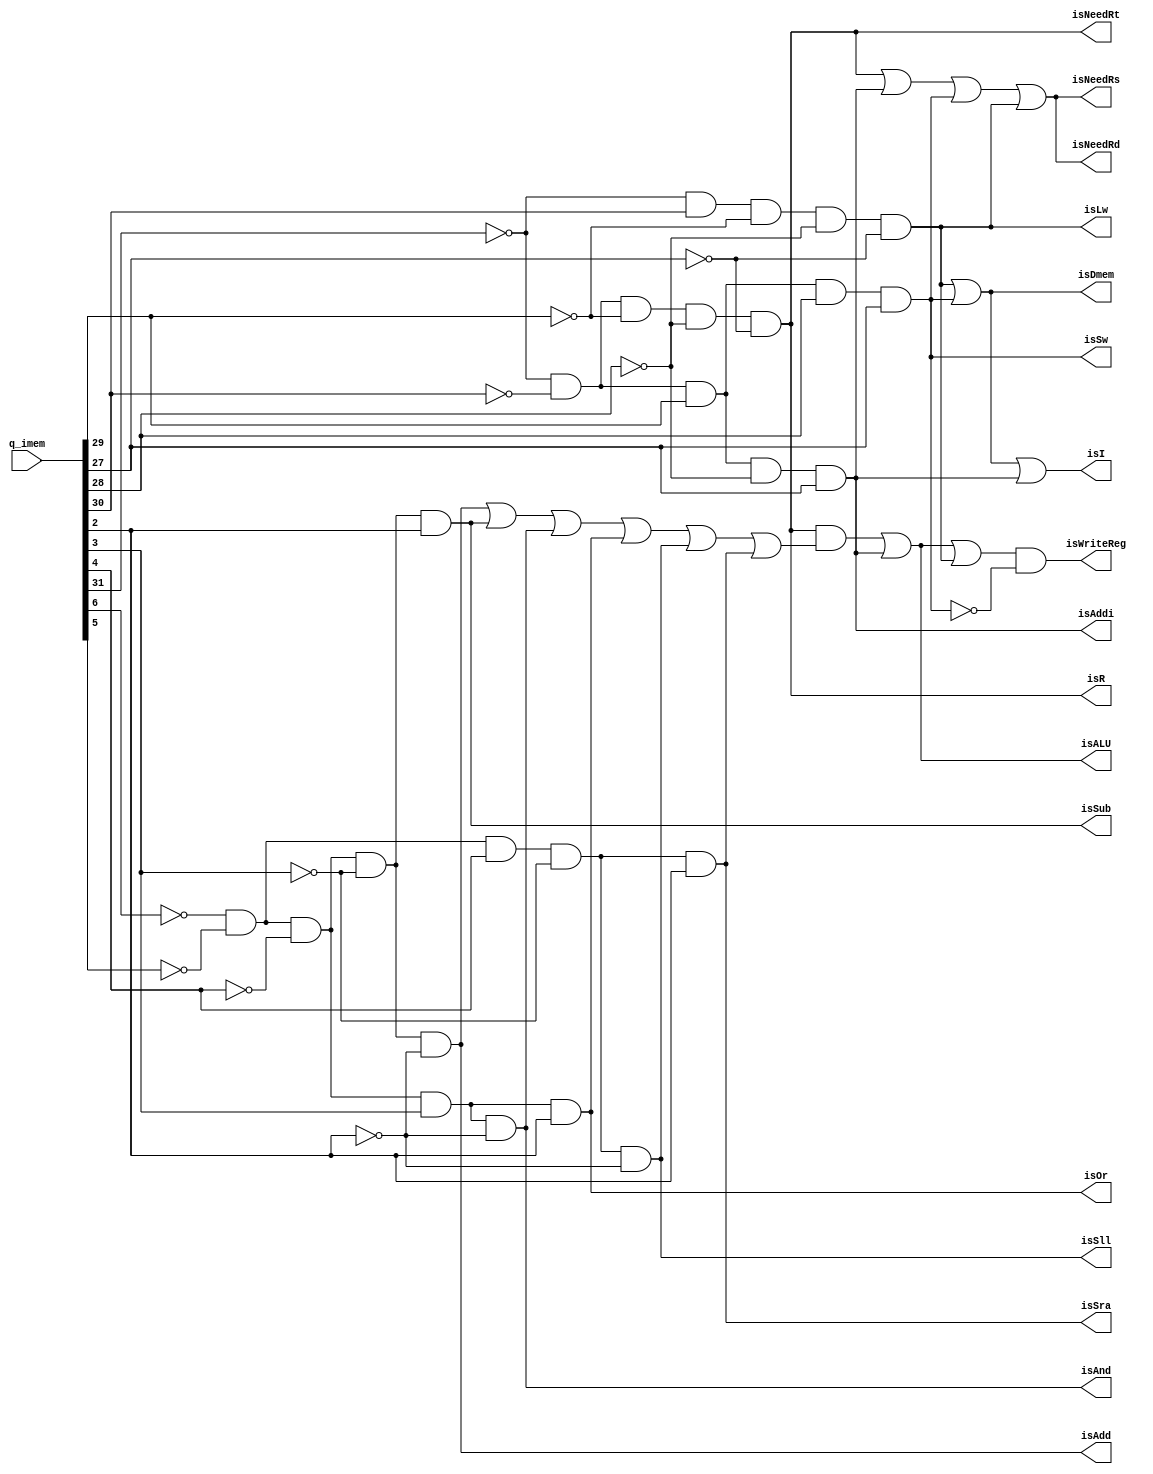
module operchecker(input [31:0] q_imem,
						output isR,
						output isI,
						output isALU,
						output isAdd,
						output isAddi,
						output isSub,
						output isAnd,
						output isOr,
						output isSll,
						output isSra,
						output isSw,
						output isLw,
						output isDmem,
						output isNeedRd,
						output isNeedRs,
						output isNeedRt,
						output isWriteReg);

	// check instruction type
	assign isR = (~q_imem[31])&(~q_imem[30])&(~q_imem[29])&(~q_imem[28])&(~q_imem[27]);
	assign isAddi = (~q_imem[31])&(~q_imem[30])&(q_imem[29])&(~q_imem[28])&(q_imem[27]);
	assign isSw = (~q_imem[31])&(~q_imem[30])&(q_imem[29])&(q_imem[28])&(q_imem[27]);
	assign isLw = (~q_imem[31])&(q_imem[30])&(~q_imem[29])&(~q_imem[28])&(~q_imem[27]);
	assign isI = isLw | isSw | isAddi;
	assign isDmem = isLw | isSw;
	
	// check Rd, Rs, Rt are needed
	assign isNeedRd = isR|isAddi|isSw|isLw;
	assign isNeedRs = isR|isAddi|isSw|isLw;
	assign isNeedRt = isR;
	
	// alu check
	assign isAdd = (~q_imem[6])&(~q_imem[5])&(~q_imem[4])&(~q_imem[3])&(~q_imem[2]);
	assign isSub = (~q_imem[6])&(~q_imem[5])&(~q_imem[4])&(~q_imem[3])&(q_imem[2]);
	assign isAnd = (~q_imem[6])&(~q_imem[5])&(~q_imem[4])&(q_imem[3])&(~q_imem[2]);
	assign isOr = (~q_imem[6])&(~q_imem[5])&(~q_imem[4])&(q_imem[3])&(q_imem[2]);
	assign isSll = (~q_imem[6])&(~q_imem[5])&(q_imem[4])&(~q_imem[3])&(~q_imem[2]);
	assign isSra = (~q_imem[6])&(~q_imem[5])&(q_imem[4])&(~q_imem[3])&(q_imem[2]);
	
	assign isALU = ((isR) & ((isAdd)|(isSub)|(isAnd)|(isOr)|(isSll)|(isSra))) | (isAddi);
	
	// Write Reg check
	assign isWriteReg = (isALU | isLw) & (~isSw);
	 
endmodule